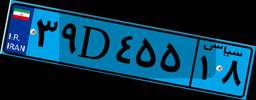
۳۹D۴۵۵۱۸